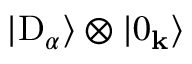
| \mathrm { D } _ { \alpha } \rangle \otimes | 0 _ { \bf k } \rangle